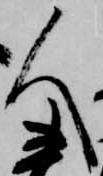
人